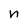
Character: n